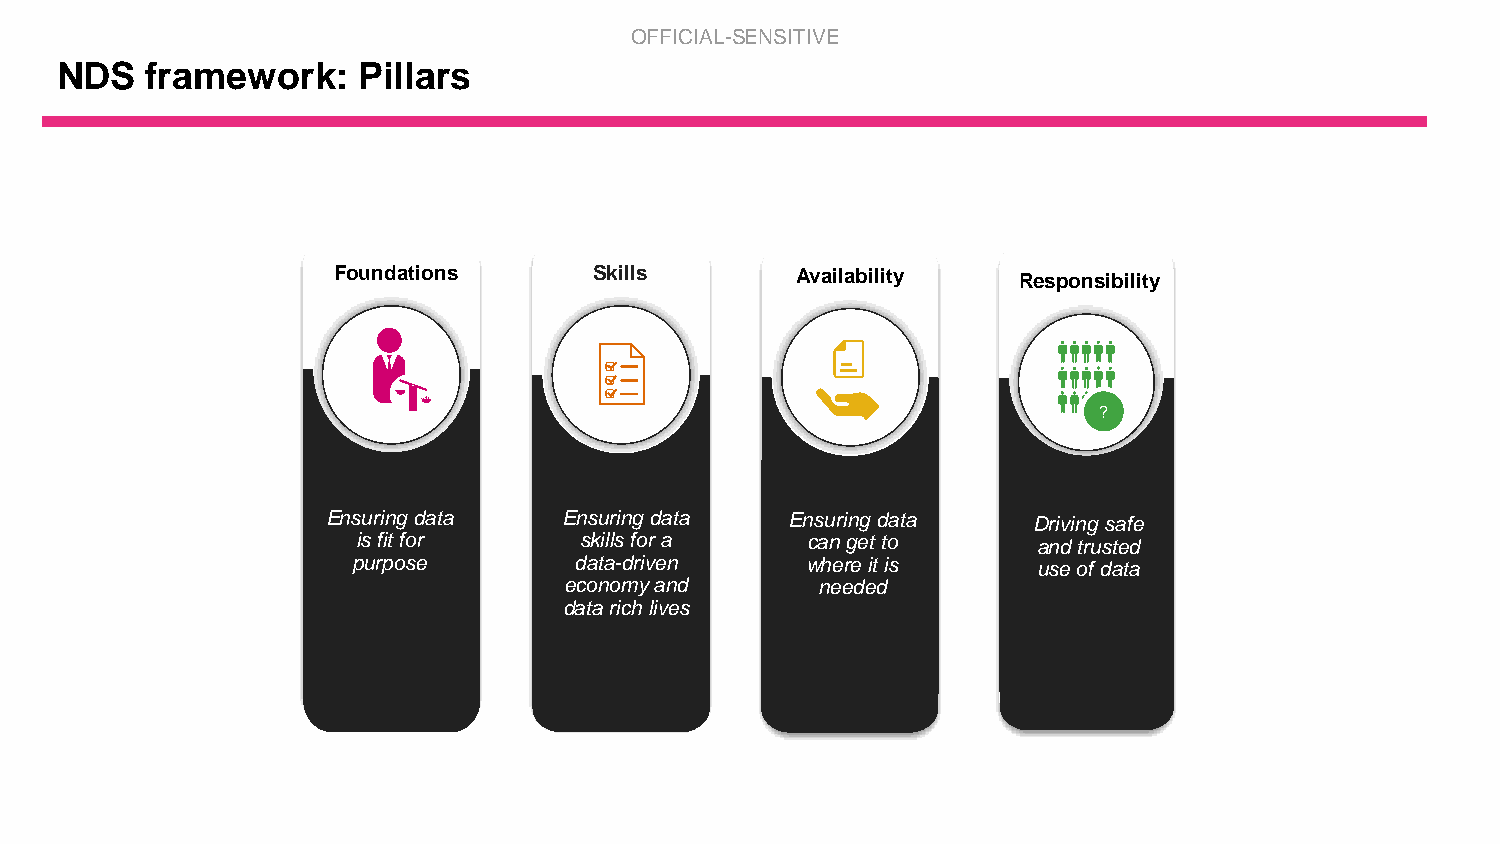
OFFICIAL-SENSITIVE
 NDS   framework:    Pillars
 Foundations      Skills        Availability  Responsibility
 ?
 Ensuring data  Ensuring data  Ensuring data   Driving safe
 is fit for    skills for a   can get to      and trusted
 purpose        data-driven    where it is     use of data
 economy and      needed
 data rich lives